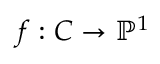
f : C \to \mathbb { P } ^ { 1 }